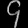
Digit: ၄